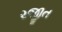
રજીત